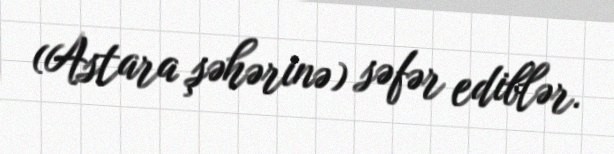
(Astara şəhərinə) səfər ediblər.